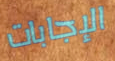
الإجابات